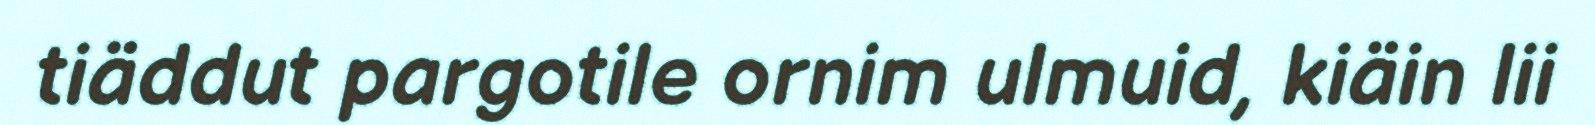
tiäddut pargotile ornim ulmuid, kiäin lii